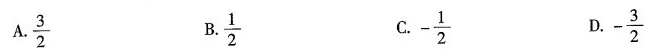
A.$$\frac{3}{2}$$ B.$$\frac{1}{2}$$ C.$$- \frac{1}{2}$$ D.$$- \frac{3}{2}$$